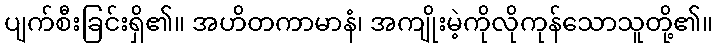
ပျက်စီးခြင်းရှိ၏။ အဟိတကာမာနံ၊ အကျိုးမဲ့ကိုလိုကုန်သောသူတို့၏။